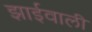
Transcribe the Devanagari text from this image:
झाईवाली